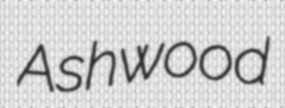
Ashwood